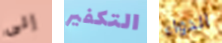
إلى التكفير الدواء